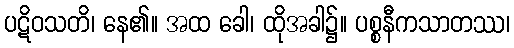
ပဋိဝသတိ၊ နေ၏။ အထ ခေါ၊ ထိုအခါ၌။ ပစ္စနီကသာတဿ၊